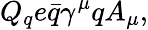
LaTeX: Q_{q}e\bar{q}\gamma^{\mu}qA_{\mu},